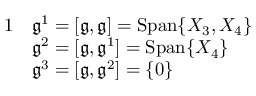
\begin{array} { r l } { { 1 } } & { \mathfrak { g } ^ { 1 } = [ \mathfrak { g } , \mathfrak { g } ] = \mathrm { S p a n } \{ X _ { 3 } , X _ { 4 } \} } \\ & { \mathfrak { g } ^ { 2 } = [ \mathfrak { g } , \mathfrak { g } ^ { 1 } ] = \mathrm { S p a n } \{ X _ { 4 } \} } \\ & { \mathfrak { g } ^ { 3 } = [ \mathfrak { g } , \mathfrak { g } ^ { 2 } ] = \{ 0 \} } \end{array}